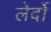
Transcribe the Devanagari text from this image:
लेर्दो